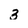
Character: 3